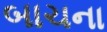
બાચના